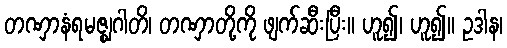
တဏှာနံရမဇ္ဈဂါတိ၊ တဏှာတို့ကို ဖျက်ဆီးပြီး။ ဟူ၍၊ ဟူ၍။ ဥဒါန၊